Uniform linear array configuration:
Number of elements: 48
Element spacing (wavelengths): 0.5
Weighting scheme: cosine
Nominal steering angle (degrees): -15
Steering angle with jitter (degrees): -14.417
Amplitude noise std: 0.05
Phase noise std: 0.05

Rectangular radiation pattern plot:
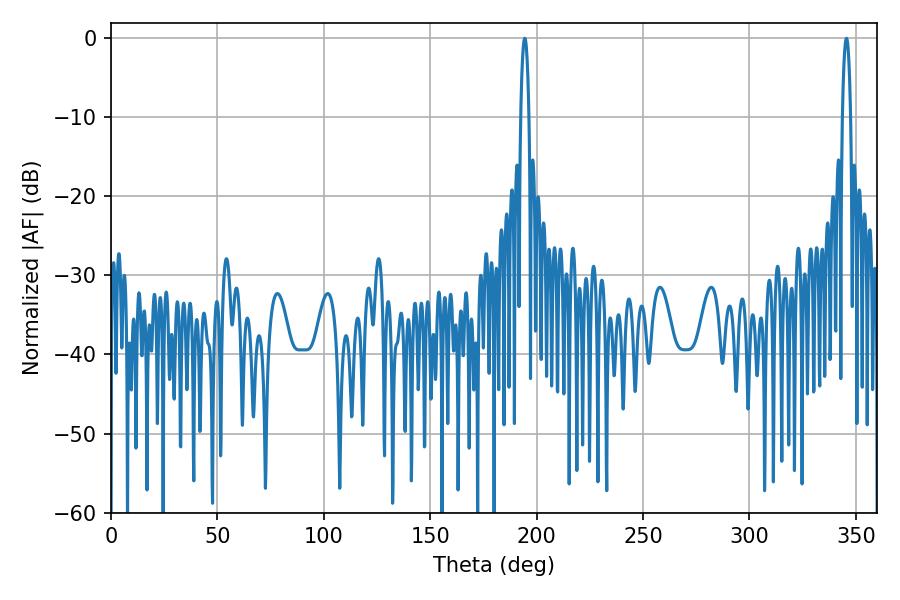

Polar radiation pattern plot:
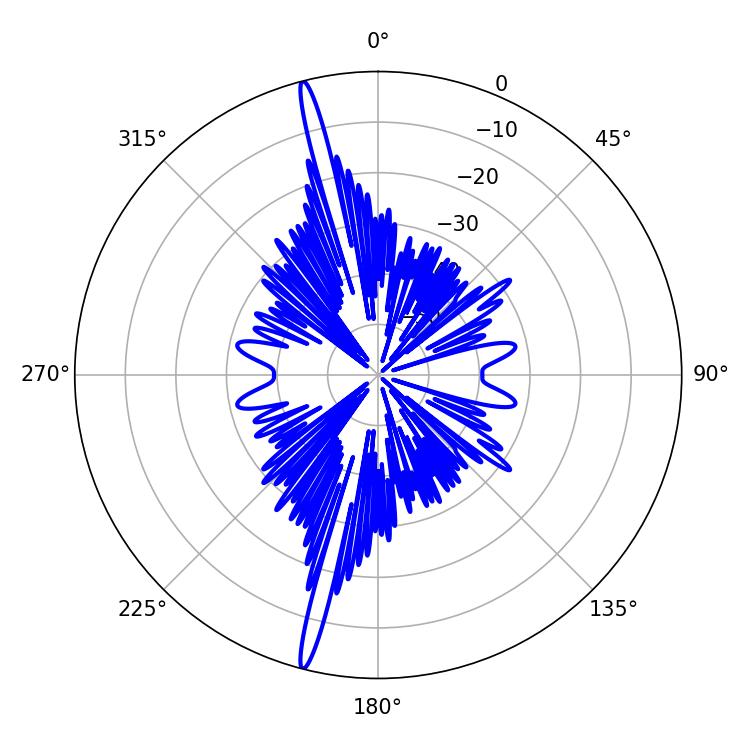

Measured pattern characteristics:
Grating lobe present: FALSE
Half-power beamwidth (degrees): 2.16
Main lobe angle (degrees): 194.4